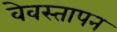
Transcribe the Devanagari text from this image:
वेवस्तापन